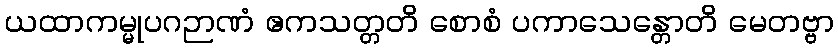
ယထာကမ္မုပဂဉာဏံ ဧကသတ္တတိ စောစံ ပကာသေန္တောတိ မေတဗ္ဗာ